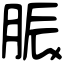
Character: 脤